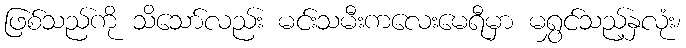
ဖြစ်သည်ကို သိသော်လည်း မင်းသမီးကလေးမေရီမှာ မရွှင်သည့်နှလုံး၊